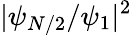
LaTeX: |\psi_{N/2}/\psi_{1}|^{2}